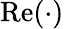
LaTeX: \operatorname{Re}(\cdot)